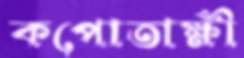
কপোতাক্ষী